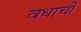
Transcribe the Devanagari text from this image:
वधाची